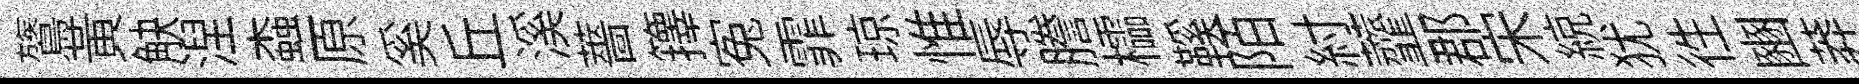
鷟黄觖湼螙原奚丘溪薔籜寃霏琼惟辱謄櫺鞵陌紂虀郡宋綂犹徃豳莽